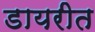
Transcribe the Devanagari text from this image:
डायरीत